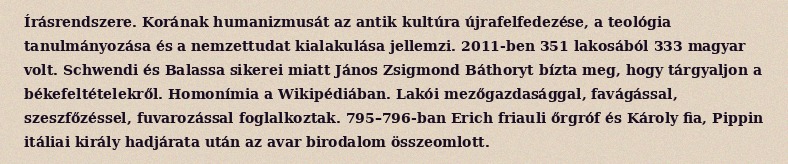
Írásrendszere. Korának humanizmusát az antik kultúra újrafelfedezése, a teológia tanulmányozása és a nemzettudat kialakulása jellemzi. 2011-ben 351 lakosából 333 magyar volt. Schwendi és Balassa sikerei miatt János Zsigmond Báthoryt bízta meg, hogy tárgyaljon a békefeltételekről. Homonímia a Wikipédiában. Lakói mezőgazdasággal, favágással, szeszfőzéssel, fuvarozással foglalkoztak. 795–796-ban Erich friauli őrgróf és Károly fia, Pippin itáliai király hadjárata után az avar birodalom összeomlott.